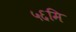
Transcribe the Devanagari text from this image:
५६मि